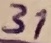
Text: 31